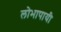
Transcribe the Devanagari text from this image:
लोभापायी